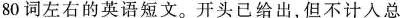
80词左右的英语短文。开头已给出，但不计入总